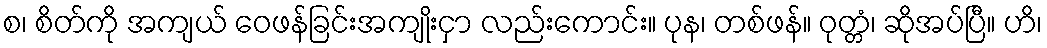
စ၊ စိတ်ကို အကျယ် ဝေဖန်ခြင်းအကျိုးငှာ လည်းကောင်း။ ပုန၊ တစ်ဖန်။ ဝုတ္တံ၊ ဆိုအပ်ပြီ။ ဟိ၊